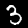
Digit: 3